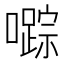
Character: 𱕙